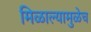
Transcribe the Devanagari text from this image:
मिळाल्यामुळेच